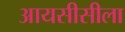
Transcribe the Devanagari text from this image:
आयसीसीला